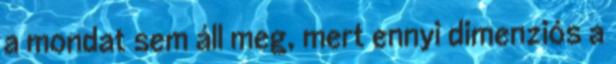
a mondat sem áll meg, mert ennyi dimenziós a